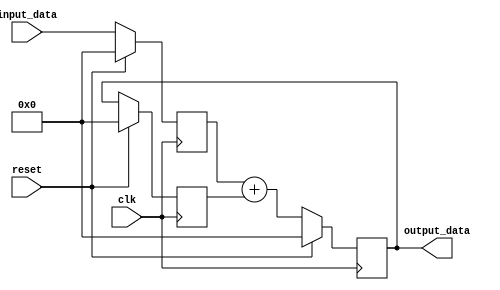
module pipeline_accumulator (
    input wire clk,
    input wire reset,
    input wire [31:0] input_data,
    output wire [31:0] output_data
);

reg [31:0] accumulator;
reg [31:0] data_in;
reg [31:0] data_out;

always @(posedge clk) begin
    if (reset) begin
        accumulator <= 32'b0;
        data_in <= 32'b0;
        data_out <= 32'b0;
    end else begin
        data_in <= input_data; //input data
        data_out <= data_in + accumulator; //arithmetic operation
        accumulator <= data_out; //accumulate the result
    end
end

assign output_data = data_out;

endmodule